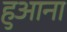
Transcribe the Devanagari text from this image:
हुआना